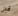
قبل